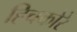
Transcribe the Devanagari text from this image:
हिचकोरे